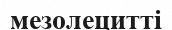
мезолецитті